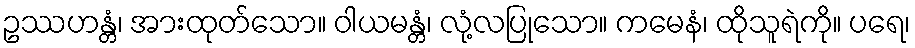
ဥဿဟန္တံ၊ အားထုတ်သော။ ဝါယမန္တံ၊ လုံ့လပြုသော။ ကမေနံ၊ ထိုသူရဲကို။ ပရေ၊